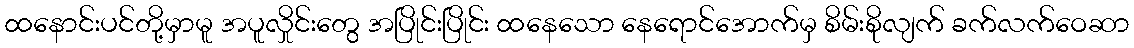
ထနောင်းပင်တို့မှာမူ အပူလှိုင်းတွေ အပြိုင်းပြိုင်း ထနေသော နေရောင်အောက်မှ စိမ်းစိုလျက် ခက်လက်ဝေဆာ